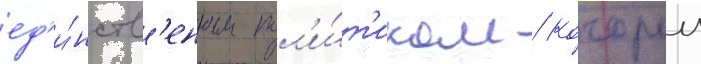
ед'и́нств'енным пол'и́т'иком / которыи